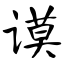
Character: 谟